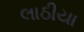
લાઠીયા